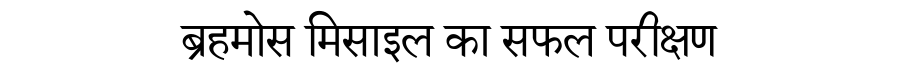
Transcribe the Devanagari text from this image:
ब्रहमोस मिसाइल का सफल परीक्षण